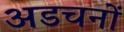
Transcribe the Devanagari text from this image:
अडचनों